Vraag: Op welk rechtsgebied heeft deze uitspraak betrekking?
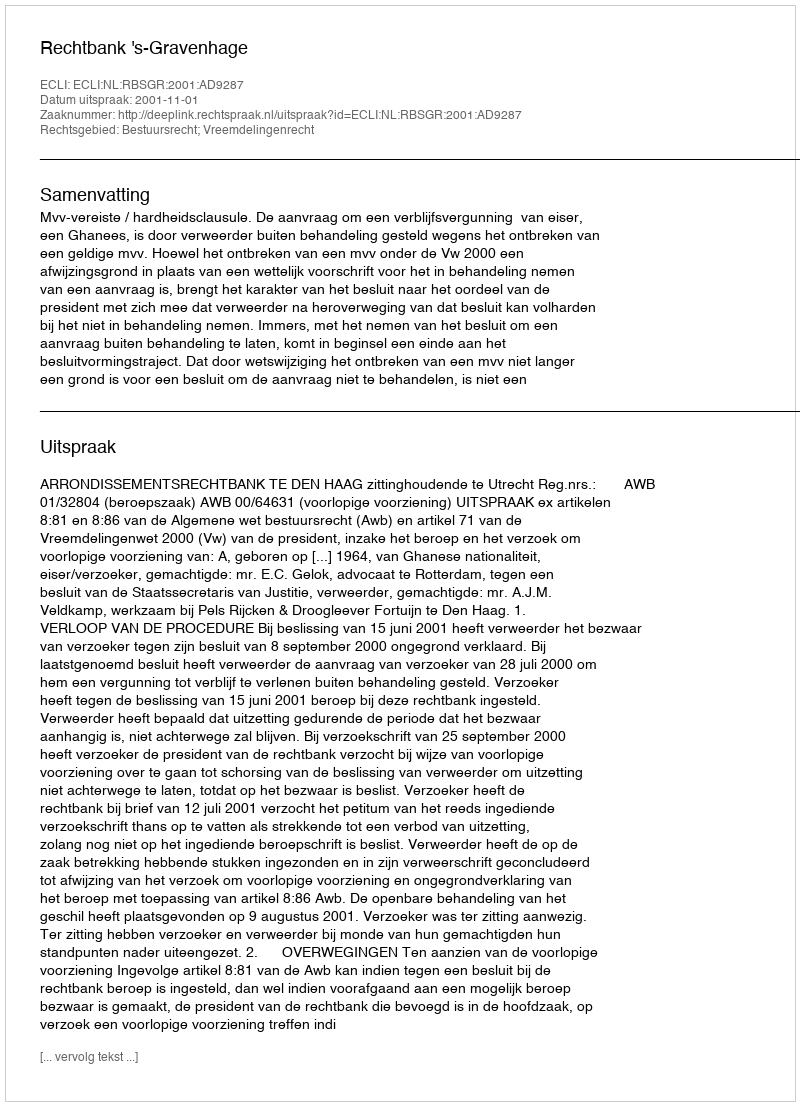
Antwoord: Bestuursrecht; Vreemdelingenrecht